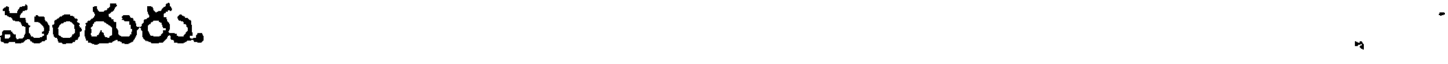
మందురు. .